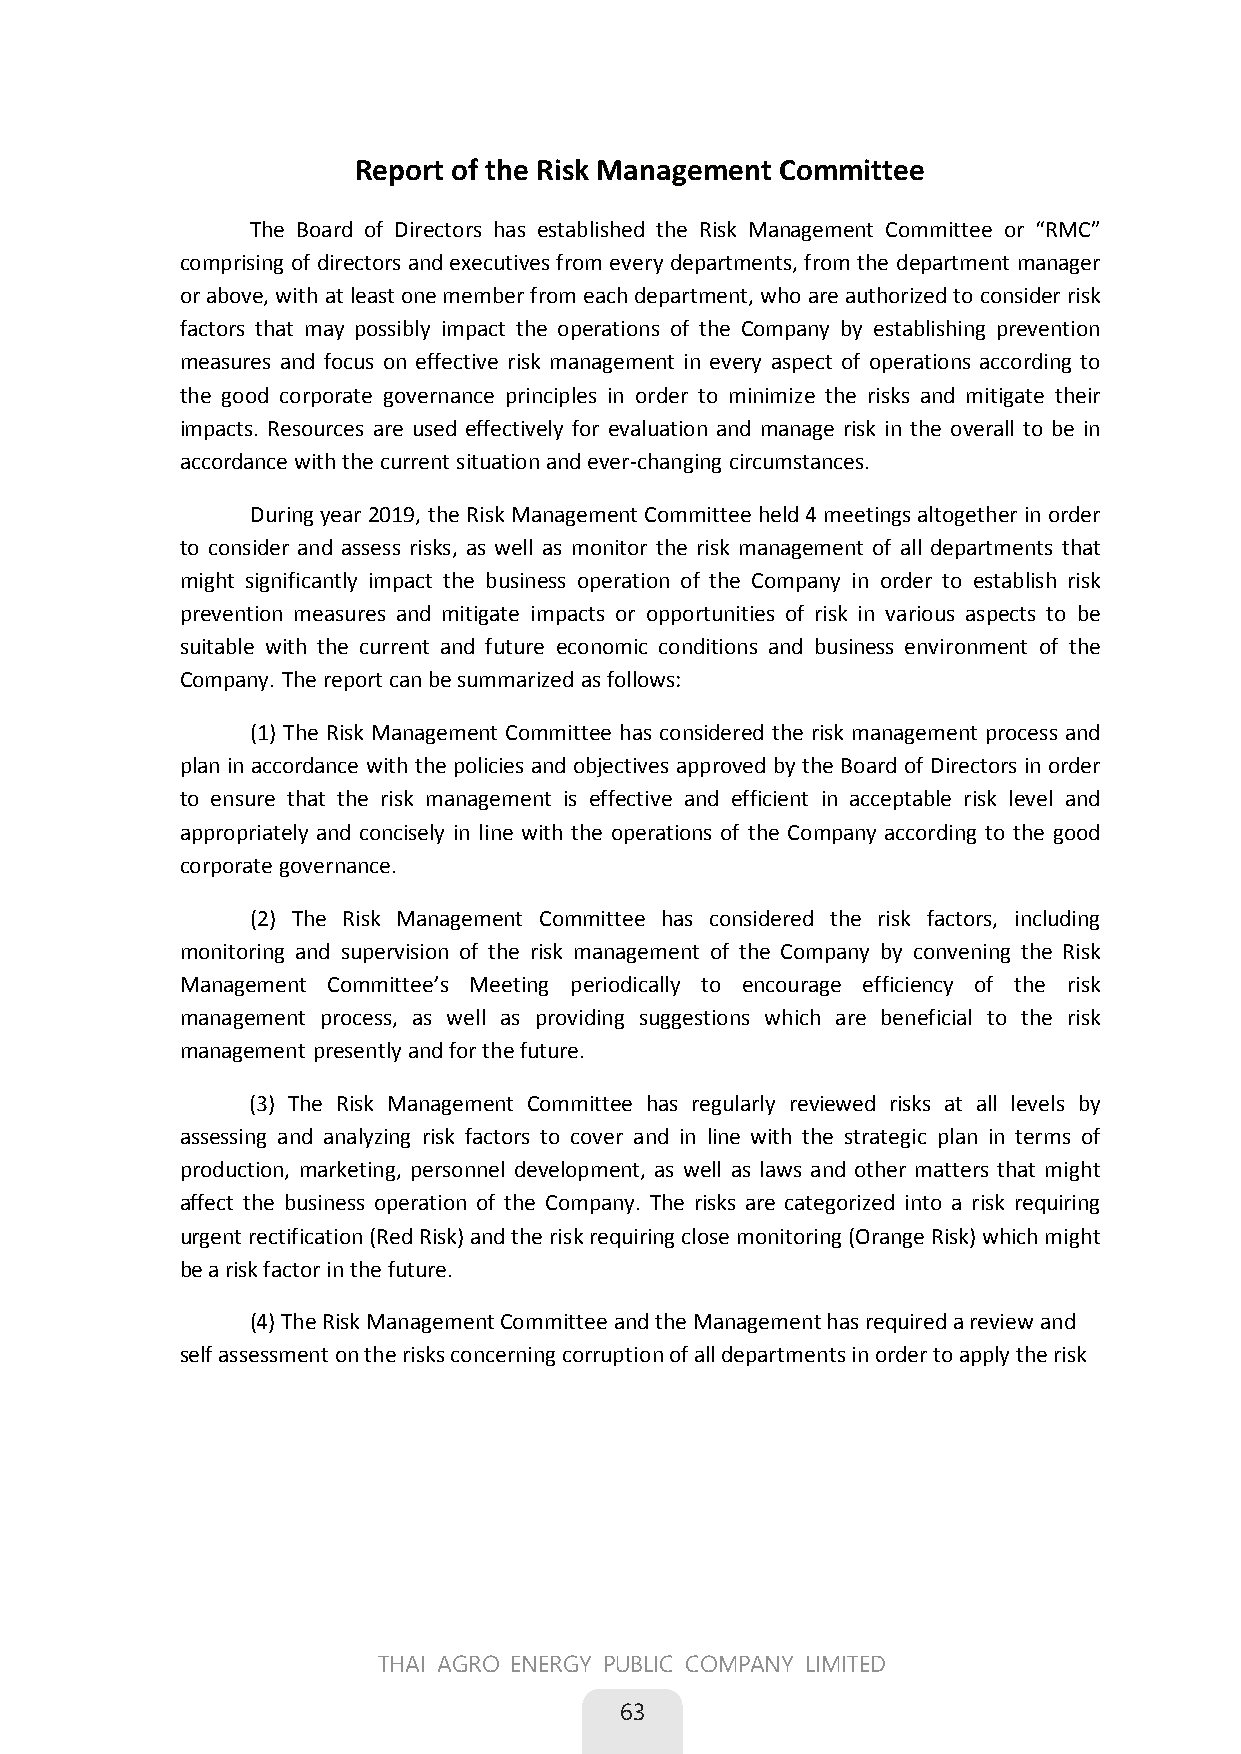
Report of the Risk Management Committee
 The Board of Directors has established the Risk Management Committee or “RMC”
 comprising of directors and executives from every departments, from the department manager
 or above, with at least one member from each department, who are authorized to consider risk
 factors that may possibly impact the operations of the Company by establishing prevention
 measures and focus on effective risk management in every aspect of operations according to
 the good corporate governance principles in order to minimize the risks and mitigate their
 impacts. Resources are used effectively for evaluation and manage risk in the overall to be in
 accordance with the current situation and ever-changing circumstances.
 During year 2019, the Risk Management Committee held 4 meetings altogether in order
 to consider and assess risks, as well as monitor the risk management of all departments that
 might significantly impact the business operation of the Company in order to establish risk
 prevention measures and mitigate impacts or opportunities of risk in various aspects to be
 suitable with the current and future economic conditions and business environment of the
 Company. The report can be summarized as follows:
 (1) The Risk Management Committee has considered the risk management process and
 plan in accordance with the policies and objectives approved by the Board of Directors in order
 to ensure that the risk management is effective and efficient in acceptable risk level and
 appropriately and concisely in line with the operations of the Company according to the good
 corporate governance.
 (2) The Risk Management Committee has considered the risk factors, including
 monitoring and supervision of the risk management of the Company by convening the Risk
 Management Committee’s Meeting periodically to encourage efficiency of the risk
 management process, as well as providing suggestions which are beneficial to the risk
 management presently and for the future.
 (3) The Risk Management Committee has regularly reviewed risks at all levels by
 assessing and analyzing risk factors to cover and in line with the strategic plan in terms of
 production, marketing, personnel development, as well as laws and other matters that might
 affect the business operation of the Company. The risks are categorized into a risk requiring
 urgent rectification (Red Risk) and the risk requiring close monitoring (Orange Risk) which might
 be a risk factor in the future.
 (4) The Risk Management Committee and the Management has required a review and
 self assessment on the risks concerning corruption of all departments in order to apply the risk
 THAI AGRO ENERGY PUBLIC COMPANY LIMITED
 63